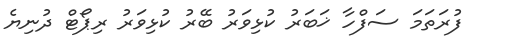
ފުރަތަމަ ސަފްހާ ޚަބަރު ކުޅިވަރު ބޭރު ކުޅިވަރު ރިޕޯޓް ދުނިޔެ